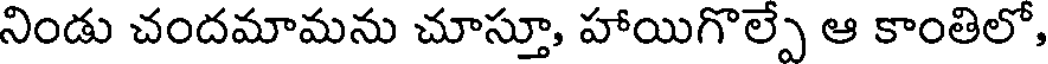
నిండు చందమామను చూస్తూ, హాయిగొల్పే ఆ కాంతిలో,